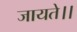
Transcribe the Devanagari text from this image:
जायते।।